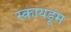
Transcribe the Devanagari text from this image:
स्कायडूम